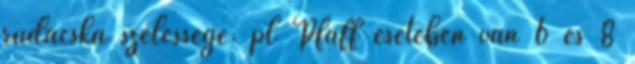
rudacska szélessége. pl Pfaff esetében van 6 és 8